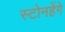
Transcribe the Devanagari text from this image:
स्टोनहेंगे